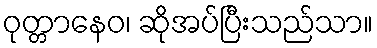
ဝုတ္တာနေဝ၊ ဆိုအပ်ပြီးသည်သာ။